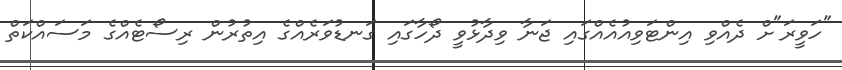
"ހަވީރަ"ށް ދެއްވި އިންޓަވިއުއެއްގައި ޖަނާ ވިދާޅުވީ ދޯހާގައި ގަނޑުވަރެއްގެ އިތުރުން ރިސޯޓެއްގެ މަސައްކަތް